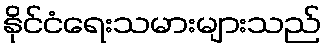
နိုင်ငံရေးသမားများသည်